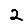
Digit: 2